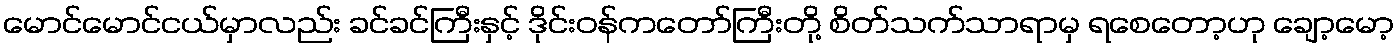
မောင်မောင်ငယ်မှာလည်း ခင်ခင်ကြီးနှင့် ဒိုင်းဝန်ကတော်ကြီးတို့ စိတ်သက်သာရာမှ ရစေတော့ဟု ချော့မော့